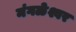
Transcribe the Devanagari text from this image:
मंगळेश्वर